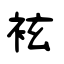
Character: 袨